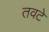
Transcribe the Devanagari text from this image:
तवटे